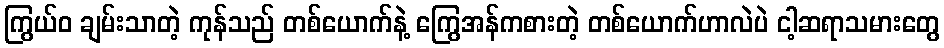
ကြွယ်ဝ ချမ်းသာတဲ့ ကုန်သည် တစ်ယောက်နဲ့ ကြွေအန်ကစားတဲ့ တစ်ယောက်ဟာလဲပဲ ငါ့ဆရာသမားတွေ